Cholera in India, 1862 to 1881
Year: 1862
Disease focus: Cholera
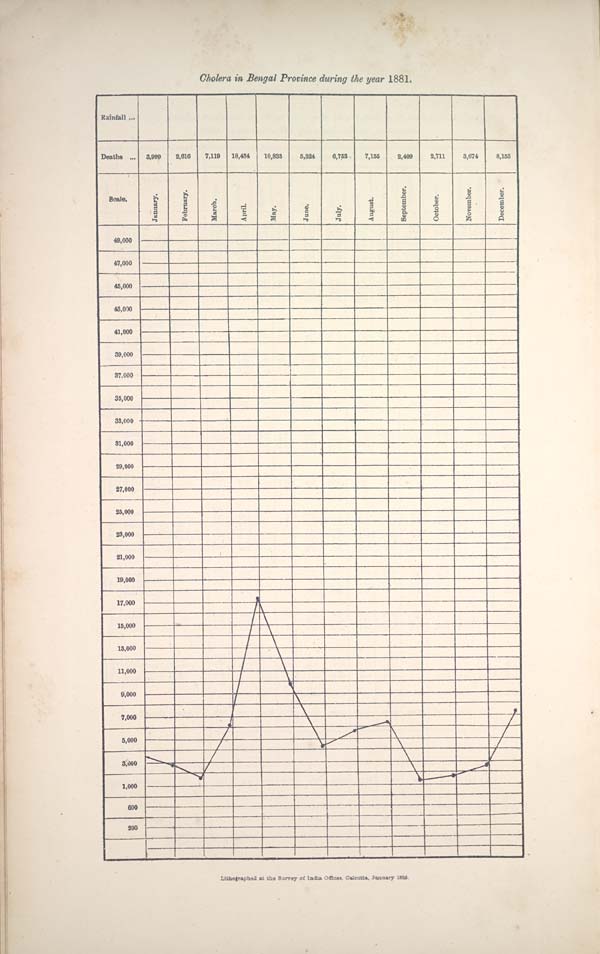
Cholera in Bengal Province during the year 1881.
Lithographed at the Survey of India Offices, Calcutta, January 1885.